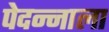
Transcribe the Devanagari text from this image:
पेदन्नाला